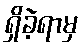
ရှိခဲ့ရာမှ